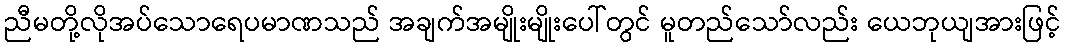
ညီမတို့လိုအပ်သောရေပမာဏသည် အချက်အမျိုးမျိုးပေါ်တွင် မူတည်သော်လည်း ယေဘုယျအားဖြင့်